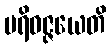
ပရိဝဇ္ဇယေတိ